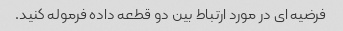
فرضیه ای در مورد ارتباط بین دو قطعه داده فرموله کنید.